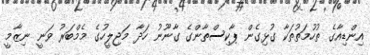
އިންޑިއާގެ ތުހުމަތުތަކާ ގުޅިގެން ޕާކިސްތާންގެ ގާނޫނު ހަދާ މަޖިލީހުގެ މެމްބަރު ވަނީ ނިޒާމީ